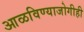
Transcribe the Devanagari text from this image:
आळविण्याजोगीही